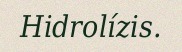
Hidrolízis.